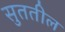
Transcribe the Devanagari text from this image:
सुततील